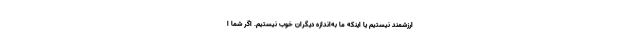
ارزشمند نیستیم یا اینکه ما به‌اندازه دیگران خوب نیستیم. اگر شما ا